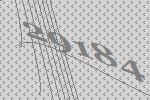
29184